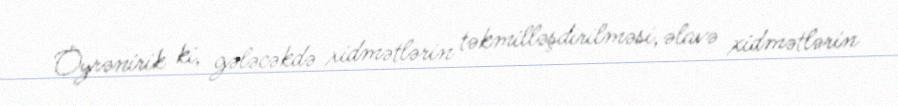
Öyrənirik ki, gələcəkdə xidmətlərin təkmilləşdirilməsi, əlavə xidmətlərin